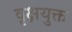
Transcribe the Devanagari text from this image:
वृक्षयुक्त